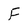
Character: F